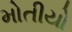
મોતીયો